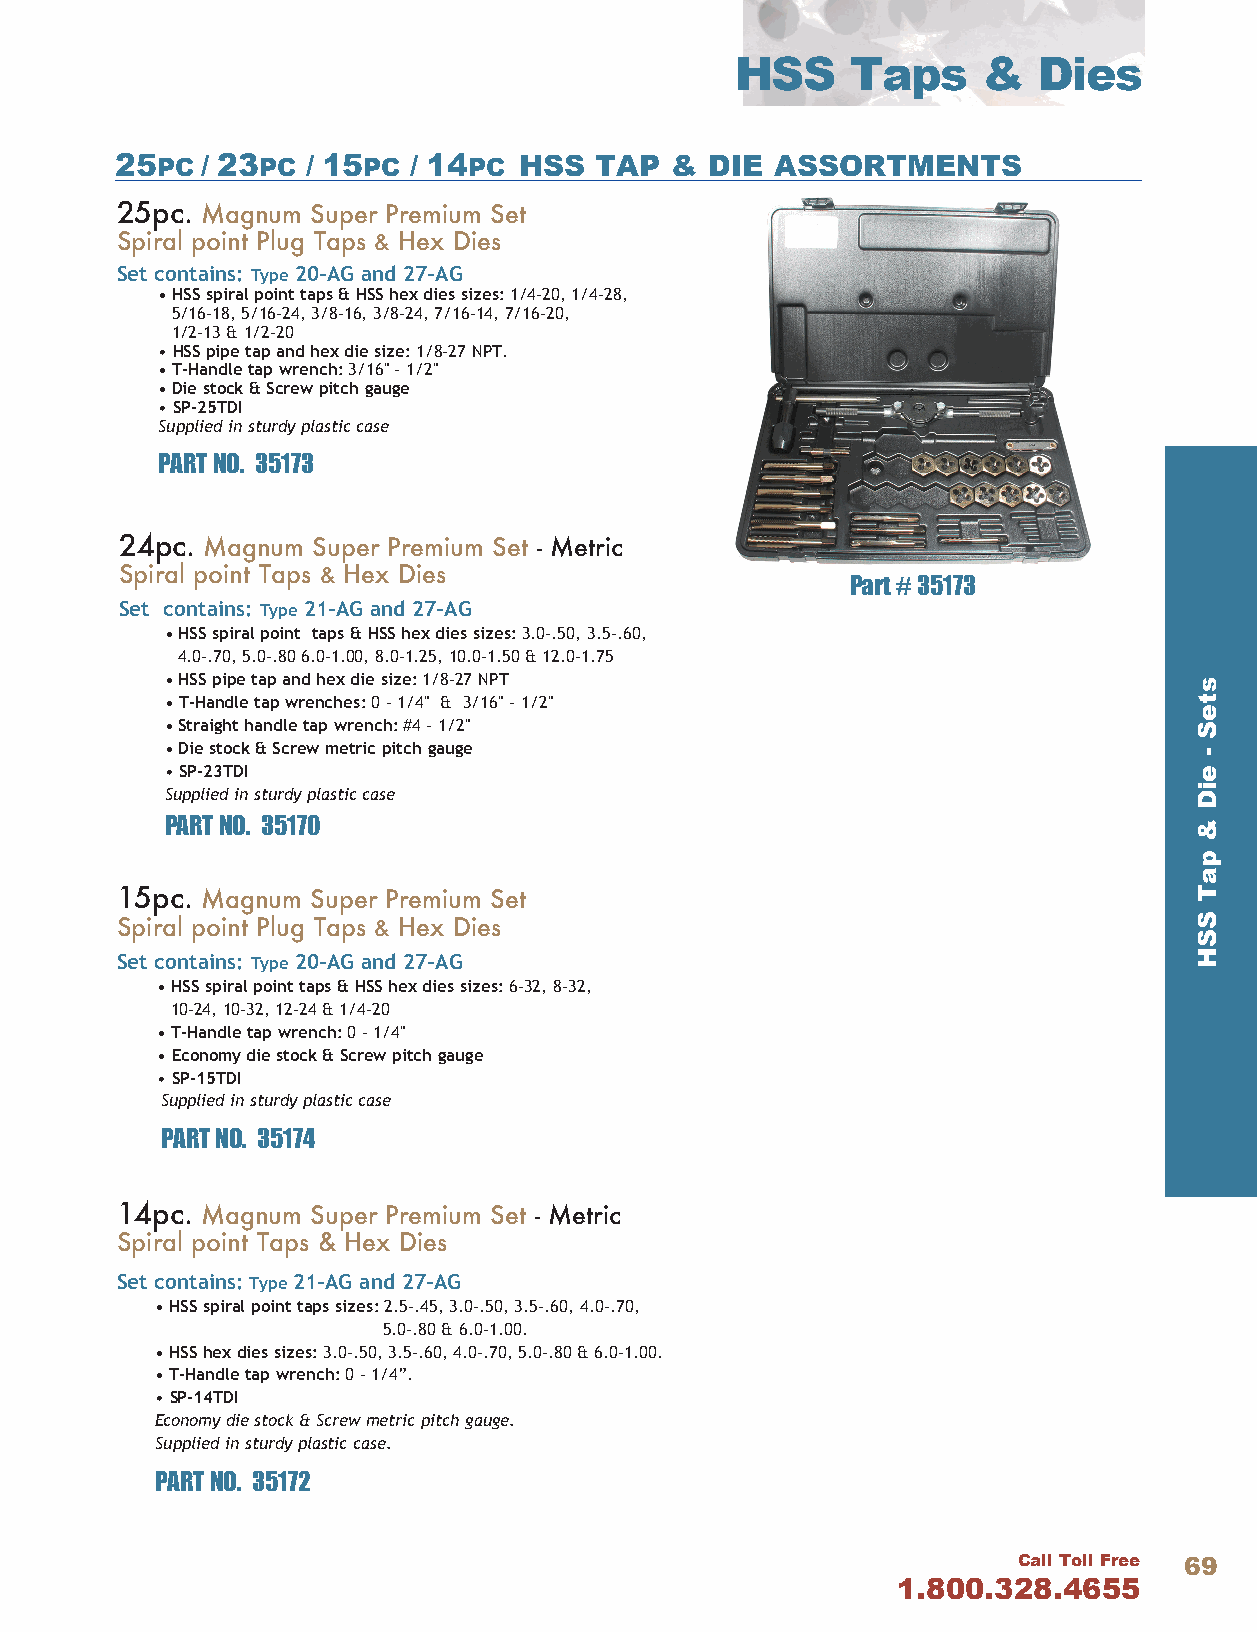
HSS    Taps     &   Dies
 25PC / 23PC / 15PC / 14PC HSS  TAP  &  DIE ASSORTMENTS
 25pc. Magnum Super Premium Set
 Spiral point Plug Taps & Hex Dies
 Set contains: Type 20-AG and 27-AG
 • HSS spiral point taps & HSS hex dies sizes: 1/4-20, 1/4-28,
 5/16-18, 5/16-24, 3/8-16, 3/8-24, 7/16-14, 7/16-20,
 1/2-13 & 1/2-20
 • HSS pipe tap and hex die size: 1/8-27 NPT.
 • T-Handle tap wrench: 3/16" - 1/2"
 • Die stock & Screw pitch gauge
 • SP-25TDI
 Supplied in sturdy plastic case
 PART NO. 35173
 24pc. Magnum Super Premium Set - Metric
 Spiral point Taps & Hex Dies
 Part # 35173
 Set contains: Type 21-AG and 27-AG
 • HSS spiral point taps & HSS hex dies sizes: 3.0-.50, 3.5-.60,
 4.0-.70, 5.0-.80 6.0-1.00, 8.0-1.25, 10.0-1.50 & 12.0-1.75
 • HSS pipe tap and hex die size: 1/8-27 NPT
 • T-Handle tap wrenches: 0 - 1/4" & 3/16" - 1/2"
 • Straight handle tap wrench: #4 - 1/2"
 • Die stock & Screw metric pitch gauge
 • SP-23TDI
 Supplied in sturdy plastic case
 PART NO. 35170
 15pc. Magnum Super Premium Set
 Spiral point Plug Taps & Hex Dies
 Set contains: Type 20-AG and 27-AG
 • HSS spiral point taps & HSS hex dies sizes: 6-32, 8-32,
 10-24, 10-32, 12-24 & 1/4-20
 • T-Handle tap wrench: 0 - 1/4"
 • Economy die stock & Screw pitch gauge
 • SP-15TDI
 Supplied in sturdy plastic case
 PART NO. 35174
 14pc. Magnum Super Premium Set - Metric
 Spiral point Taps & Hex Dies
 Set contains: Type 21-AG and 27-AG
 • HSS spiral point taps sizes: 2.5-.45, 3.0-.50, 3.5-.60, 4.0-.70,
 5.0-.80 & 6.0-1.00.
 • HSS hex dies sizes: 3.0-.50, 3.5-.60, 4.0-.70, 5.0-.80 & 6.0-1.00.
 • T-Handle tap wrench: 0 - 1/4”.
 • SP-14TDI
 Economy die stock & Screw metric pitch gauge.
 Supplied in sturdy plastic case.
 PART NO. 35172
 Call Toll Free 69
 1.800.328.4655
 steS
 -
 eiD
 &
 paT
 SSH